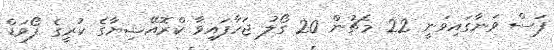
ފަސް ވަނާގައިވަނީ 22 މެޗުން 20 ގޯލު ޖަހާފައިވާ ކްރޮއޭޝިޔާގެ ކުރީގެ ފޯވަޑް